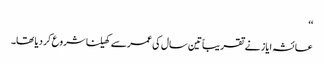
‘‘
عائشہ ایاز نے تقریباً تین سال کی عمرسے کھیلنا شروع کر دیا تھا۔